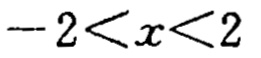
\(-2<x<2\)